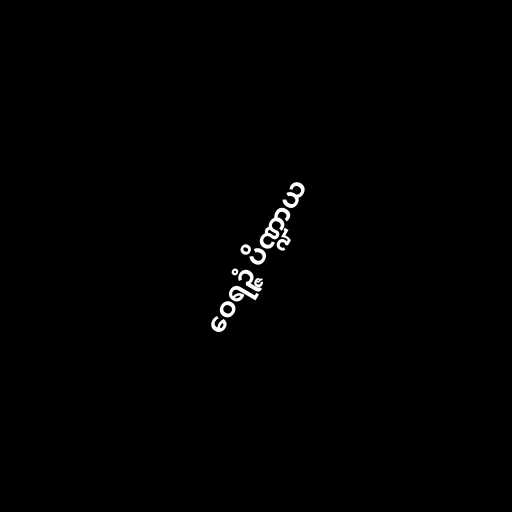
ဝေရဉ္ဇံ ပိဏ္ဍာယ